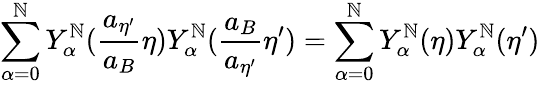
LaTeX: \sum_{\alpha=0}^{\mathbb{N}}Y_{\alpha}^{\mathbb{N}}(\frac{{a_{{\eta}^{\prime}}}}{{a_{B}}}{\eta})Y_{\alpha}^{\mathbb{N}}(\frac{{a_{B}}}{{a_{{\eta}^{\prime}}}}{\eta}^{\prime})=\sum_{\alpha=0}^{\mathbb{N}}Y_{\alpha}^{\mathbb{N}}({\eta})Y_{\alpha}^{\mathbb{N}}({\eta}^{\prime})